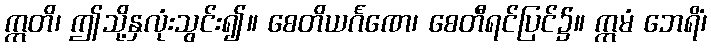
ဣတိ၊ ဤသို့နှလုံးသွင်း၍။ စေတိယင်္ဂဏေ၊ စေတီရင်ပြင်၌။ ဣမံ ဘေရိံ၊